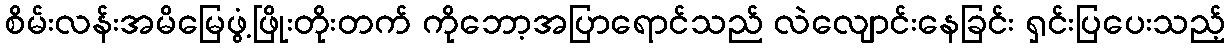
စိမ်းလန်းအမိမြေဖွံ့ဖြိုးတိုးတက် ကိုဘော့အပြာရောင်သည် လဲလျောင်းနေခြင်း ရှင်းပြပေးသည့်